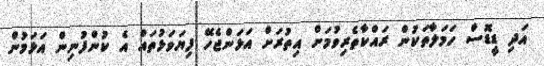
އަދި ޑީޑޮސް ހަމަލާތަކުން ރައްކާތެރިވުމަށް އިތުރަށް އަޅަންޖެހޭ ފިޔަވަޅުތައް އެ ކުންފުނިން އަޅަމުން